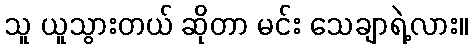
သူ ယူသွားတယ် ဆိုတာ မင်း သေချာရဲ့လား။